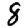
Digit: 8